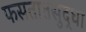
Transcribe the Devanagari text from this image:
फसतातसुद्धा